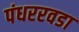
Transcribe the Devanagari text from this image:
पंधररवडा